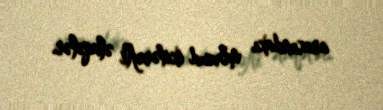
arasındakı mövcud ikitərəfli əlaqələr.